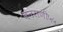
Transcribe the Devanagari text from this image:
वनराणी५५